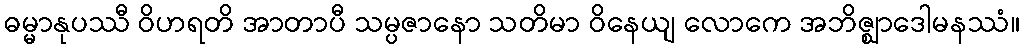
ဓမ္မာနုပဿီ ဝိဟရတိ အာတာပီ သမ္ပဇာနော သတိမာ ဝိနေယျ လောကေ အဘိဇ္ဈာဒေါမနဿံ။